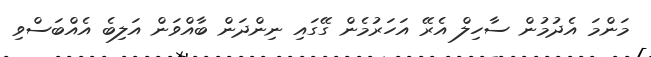
މަންމަ އެދުމުން ސާހިލް އެރޭ އަހަރުމެން ގޭގައި ނިންދަން ބާއްވަން އަލިބެ އެއްބަސްވި